Sanitation, dispensaries and jails vaccination Rajputana 1922-1927 - 1922-1927
Year: 1922
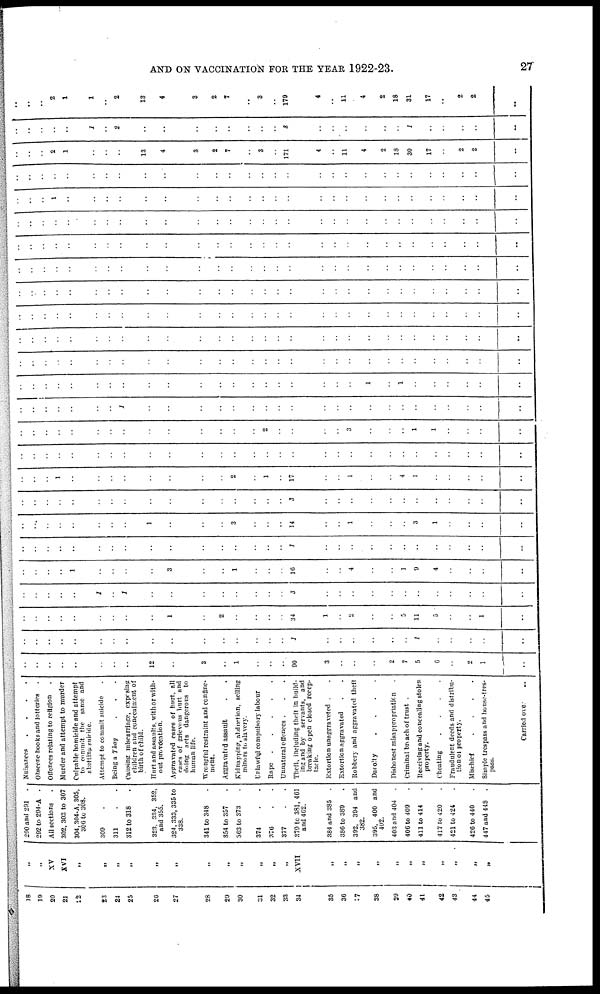
AND ON VACCINATION FOR THE YEAR 1922-23.
27
18
19
20
21
22
23
24
25
20
27
28
29
30
31
32
33
34
35
36
37
38
39
40
41
42
43
44
40
„
„
XV
XVI
„
„
„
„
„
„
„
„
„
„
.,
„
XVII
„
„
„
„
„
„
„
„
„
„
„
290 and 291.
292 to 294-A .
All sections .
302, 303 to 307
304, 304-A, 305,
300 to 308.
309 .
311
312 to 318 .
323, 334, 352,
and 355.
324,333, 335 to
338.
341 to 348
354 to 357
303 to 373
374
376 . .
377 . .
379 to 381, 461
and 462.
384 and 385
.
386 to 389 .
392, 394 and
382.
395, 400 and
402.
403 and 404
.
406 to 409
411 to 414
417 to 420
421 to 424
426 to 440
447 and 448
.
Nuisances . . . .
Obscene books and lotteries.
Offences relating to religion
Murder and attempt to murder
Culpable homicide and attempt
to commit the same and
abetting suicide.
Attempt to commit suicide
Being a Thag . . .
Causing miscarriage, expesing
children and concealment of
birth of child.
Hurt and assaults, with or with-
out provocation.
Aggravated cases of hurt, all
cases of grievous hurt and
doing nets dangerous to
human life.
Wrongful restraint and confine-
ment.
Aggravated assault . .
Kidnapping, abduction, selling
minors to slavery.
Unlawful compulsory labour
Rape
.
.
.
.
Unnatural offences . . .
Theft, including theft in build-
ing and by
servants, and
breaking open closed recep-
tacle.
Extortion unaggraveted . .
Extortion aggravated
Robbery and aggravated theft
Dacoity
.
.
.
.
Dishonest misappropriation .
Criminal broach of trust .
Receiving and concealing stolen
property.
Cheating . . . . .
Fraudulent deeds and distribu-
tion of property.
Mischief . . . .
Simple trespass and house-tres-
pass.
Carried over
..
..
..
..
..
..
..
..
12
..
3
..
1
..
..
..
90
3
..
..
..
2
7
5
6
..
2
1
..
..
..
..
..
..
..
..
..
..
..
..
..
..
..
..
1
..
..
..
..
..
..
1
..
..
..
..
..
..
..
..
..
..
..
..
..
..
1
..
2
..
..
..
..
34
1
..
2
..
..
5
11
5
..
..
1
..
..
..
..
..
..
1
..
1
..
..
..
..
..
..
..
..
3
..
..
..
..
..
..
..
..
..
..
..
..
..
..
..
..
1
..
..
..
..
3
..
..
1
..
..
..
16
..
..
4
..
..
1
9
4
..
..
..
..
..
..
..
..
..
..
..
..
..
..
..
..
..
..
..
..
1
..
..
..
..
..
..
..
..
..
..
..
..
..
..
..
..
..
..
..
..
1
..
..
..
3
..
..
..
14
..
..
1
..
..
..
3
1
..
..
..
..
..
..
..
..
..
..
..
..
..
..
..
..
..
..
..
..
3
..
..
..
..
..
..
..
..
..
..
..
..
..
..
..
1
..
..
..
..
..
..
..
..
2
..
1
..
17
..
..
1
..
..
4
1
..
..
..
..
..
..
..
..
..
..
..
..
..
..
..
..
..
..
..
..
..
..
..
..
..
..
..
..
..
..
..
..
..
..
..
..
..
..
..
..
..
..
..
..
..
..
..
..
2
..
..
..
..
3
..
..
..
1
1
..
..
..
..
..
..
..
..
..
..
..
1
..
..
..
..
..
..
..
..
..
..
..
..
..
..
..
..
..
..
..
..
..
..
..
..
..
..
..
..
..
..
..
..
..
..
..
..
..
..
..
..
..
1
..
1
..
..
..
..
..
..
..
..
..
..
..
..
..
..
..
..
..
..
..
..
..
..
..
..
..
..
..
..
..
..
..
..
..
..
..
..
..
..
..
..
..
..
..
..
..
..
..
..
..
..
..
..
..
..
..
..
..
..
..
..
..
..
..
..
..
..
..
..
..
..
..
..
..
..
..
..
..
..
..
..
..
..
..
..
..
..
..
..
..
..
..
..
..
..
..
..
..
..
..
..
..
..
..
..
..
..
..
..
..
..
..
..
..
..
..
..
..
..
..
..
..
..
..
..
..
..
..
..
..
..
..
..
..
..
..
..
..
..
..
..
..
..
..
..
..
..
..
..
..
..
..
..
..
..
..
..
..
..
..
..
..
..
..
..
..
..
..
..
..
..
..
..
..
..
..
..
..
..
..
..
..
..
..
..
..
..
..
..
..
..
..
..
..
..
..
..
..
..
..
..
..
..
..
..
..
..
..
..
..
..
..
..
1
..
..
..
..
..
..
..
..
..
..
..
..
..
..
..
..
..
..
..
..
..
..
..
..
..
..
..
..
..
..
..
..
..
..
..
..
..
..
..
..
..
..
..
..
..
..
..
..
..
..
..
..
..
..
..
..
..
2
1
..
..
..
13
4
3
2
7
..
3
..
171
4
..
11
4
2
18
30
17
..
2
2
..
..
..
..
..
..
1
..
2
..
..
..
..
..
..
..
..
8
..
..
..
..
..
..
1
..
..
..
..
..
..
..
..
2
1
1
..
2
13
4
3
2
7
..
3
..
179
4
..
11
4
2
18
31
17
..
2
2
..